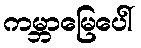
ကမ္ဘာမြေပေါ်